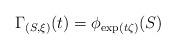
LaTeX: \begin{align*}\Gamma_{(S,\xi)}(t) = \phi_{\exp (t \zeta)}(S) \end{align*}